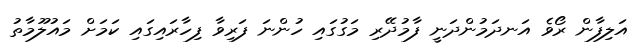
އަލިފާން ރޯވެ އަނދަމުންދަނީ ފާމުދޭރި މަގުގައި ހުންނަ ފަރިވާ ފިހާރައިގައި ކަމަށް މައުލޫމާތު